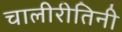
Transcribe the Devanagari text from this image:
चालीरीतिनी